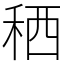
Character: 䄽